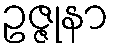
ဥဇ္ဇုနာ